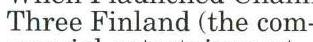
Three Finland (the com-